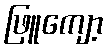
ဖြူကျော့